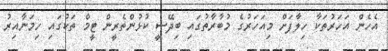
އެހެން އަހަރުތަކާ ހިލާފަށް މިއަހަރުގެ މުބާރާތުގައި ބިދޭސީ ކުޅުންތެރީން ޓީމް ތަކުގައި ހިމަނާއިރު